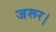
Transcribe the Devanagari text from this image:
जरूर।